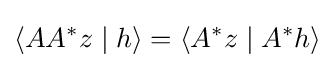
\left\langle AA^{*}z\mid h\right\rangle =\left\langle A^{*}z\mid A^{*}h\right\rangle